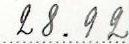
28.92